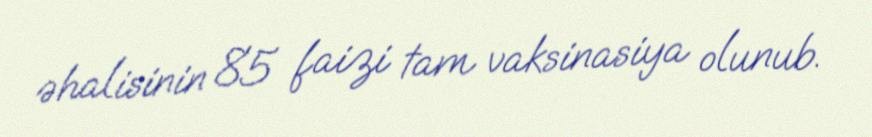
əhalisinin 85 faizi tam vaksinasiya olunub.